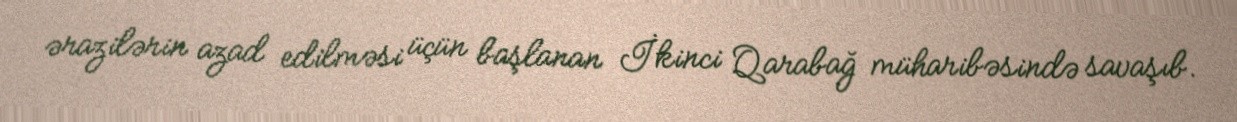
ərazilərin azad edilməsi üçün başlanan İkinci Qarabağ müharibəsində savaşıb.